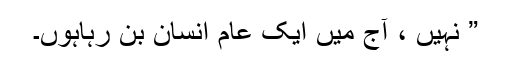
” نہیں ، آج میں ایک عام انسان بن رہاہوں۔